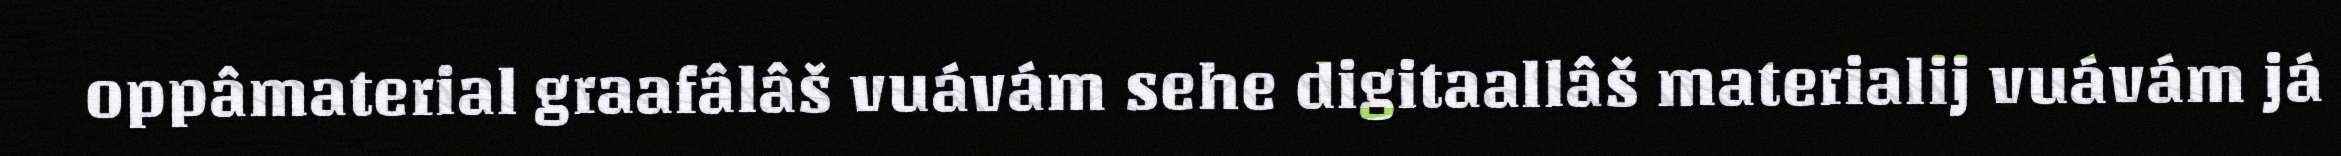
oppâmaterial graafâlâš vuávám sehe digitaallâš materialij vuávám já